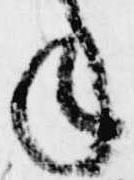
年